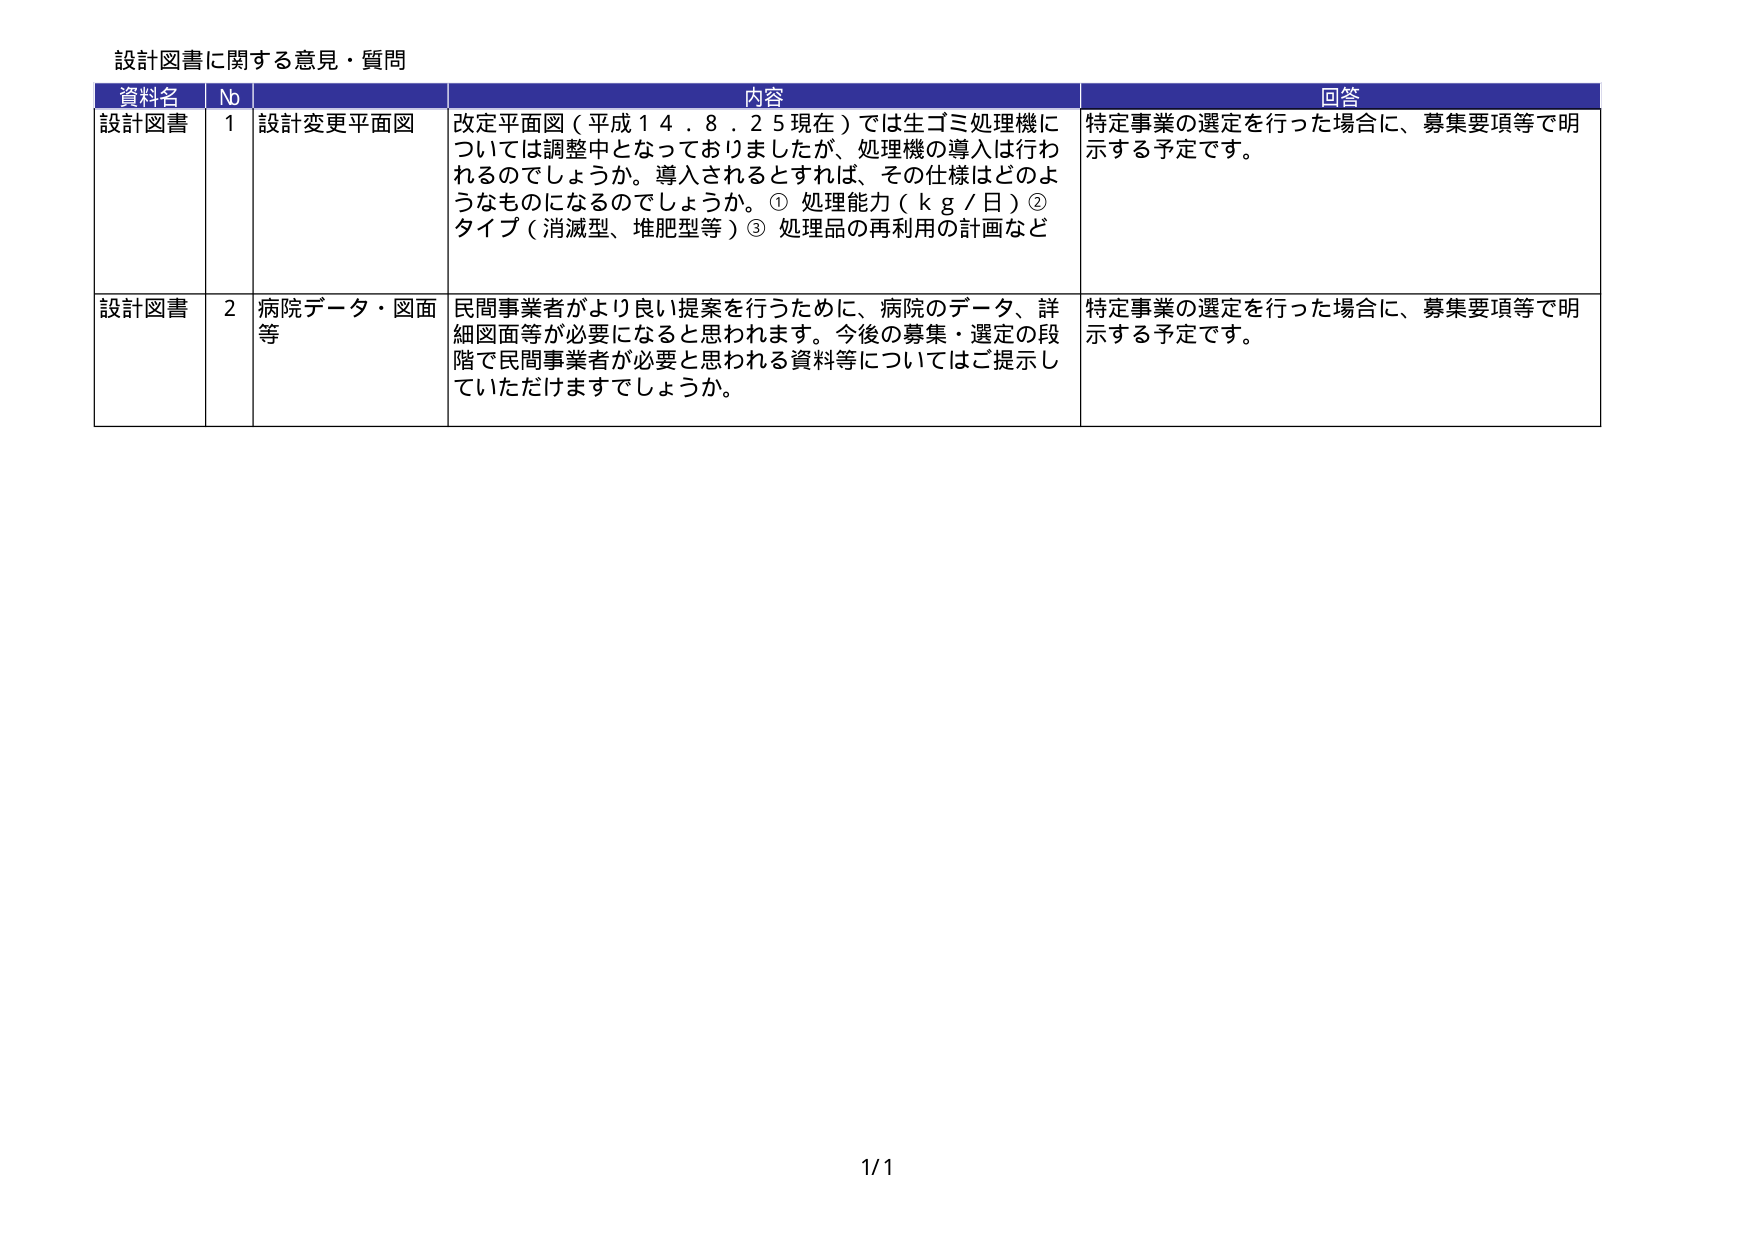
設計図書に関する意見・質問

資料名	Nb	内容	回答
設計図書	1	設計変更平面図	改定平面図（平成１４．８．２５現在）では生ゴミ処理機については調整中となっておりましたが、処理機の導入は行われるのでしょうか。導入されるとすれば、その仕様はどのようなものになるのでしょうか。① 処理能力（ｋｇ／日）② タイプ（消滅型、堆肥型等）③ 処理品の再利用の計画など	特定事業の選定を行った場合に、募集要項等で明示する予定です。
設計図書	2	病院データ・図面等	民間事業者がより良い提案を行うために、病院のデータ、詳細図面等が必要になると思われます。今後の募集・選定の段階で民間事業者が必要と思われる資料等についてはご提示していただけますでしょうか。	特定事業の選定を行った場合に、募集要項等で明示する予定です。

1/1